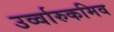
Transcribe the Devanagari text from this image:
उर्व्वारुकमिव